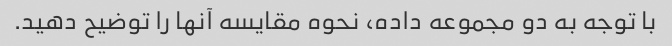
با توجه به دو مجموعه داده، نحوه مقایسه آنها را توضیح دهید.